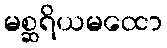
မစ္ဆရိယမထော